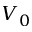
V _ { 0 }